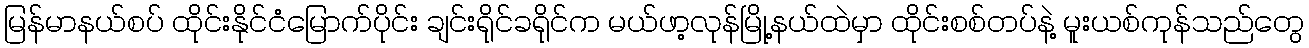
မြန်မာနယ်စပ် ထိုင်းနိုင်ငံမြောက်ပိုင်း ချင်းရိုင်ခရိုင်က မယ်ဖာ့လုန်မြို့နယ်ထဲမှာ ထိုင်းစစ်တပ်နဲ့ မူးယစ်ကုန်သည်တွေ